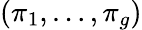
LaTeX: (\pi_{1},\ldots,\pi_{g})